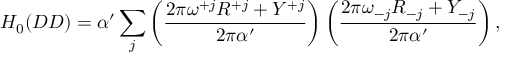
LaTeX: H _ { 0 } ( D D ) = \alpha ^ { \prime } \sum _ { j } \left( \frac { 2 \pi \omega ^ { + j } R ^ { + j } + Y ^ { + j } } { 2 \pi \alpha ^ { \prime } } \right) \left( \frac { 2 \pi \omega _ { - j } R _ { - j } + Y _ { - j } } { 2 \pi \alpha ^ { \prime } } \right) ,